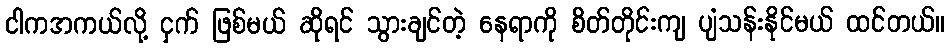
ငါကအကယ်လို့ ငှက် ဖြစ်မယ် ဆိုရင် သွားချင်တဲ့ နေရာကို စိတ်တိုင်းကျ ပျံသန်းနိုင်မယ် ထင်တယ်။